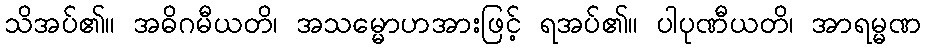
သိအပ်၏။ အဓိဂမီယတိ၊ အသမ္မောဟအားဖြင့် ရအပ်၏။ ပါပုဏီယတိ၊ အာရမ္မဏ